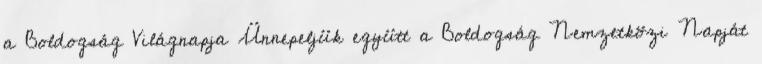
a Boldogság Világnapja Ünnepeljük együtt a Boldogság Nemzetközi Napját